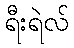
ရီးရဲလ်